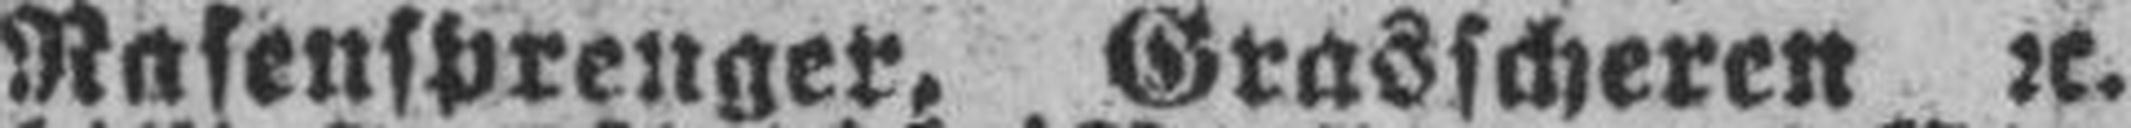
Rasensprenger, Grasscheren 2c.